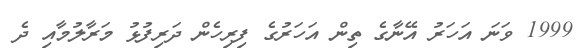
1999 ވަނަ އަހަރު އޭނާގެ ތިން އަހަރުގެ ފިރިހެން ދަރިފުޅު މަރާލުމާއި ދެ